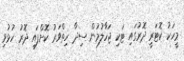
މީހަކު ކޮޓަރީ ދޮރުގައި ޓަކި ޖަހާލުމުން ސިދާ ހިތްވަރު ކޮށްފައި ދޮރު ހުޅުވި